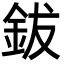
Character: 鈸